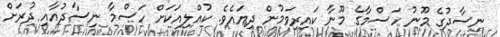
ނިސާދުގެ މޫނު ހަސްމާގެ މޫނާ ކައިރިވަމުން ދިޔައެވެ. ކުއްލިއަކަށް ހަސްމާ ނިސާދުއާއި ދުރަށް